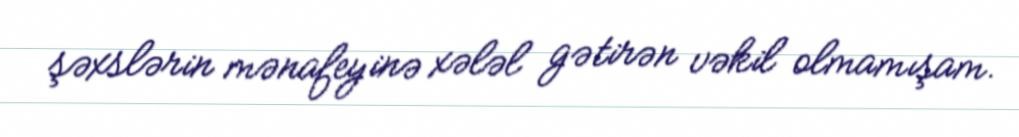
şəxslərin mənafeyinə xələl gətirən vəkil olmamışam.